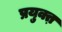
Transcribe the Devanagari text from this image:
प्रयुक्त़